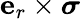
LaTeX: \mathbf{e}_{r}\times\boldsymbol\sigma